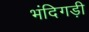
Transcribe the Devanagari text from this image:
भंदिगड़ी